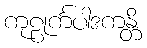
ကုဠုင်္ကပါဒကန္တိ